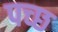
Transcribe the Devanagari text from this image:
पच्‍छ